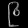
Digit: ၉